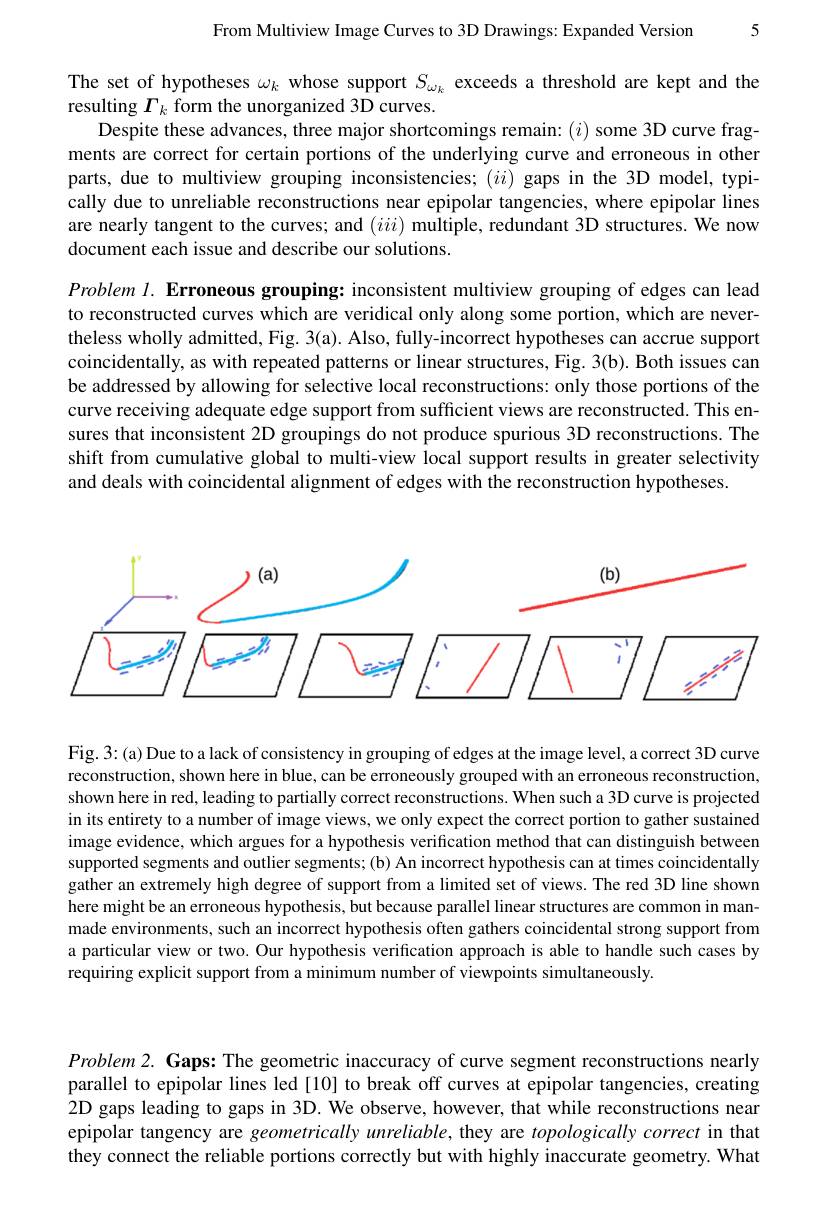
From Multiview Image Curves to 3D Drawings: Expanded Version 5

The set of hypotheses $\omega_k$ whose support $S_{\omega_k}$ exceeds a threshold are kept and the
resulting $\Gamma_k$ form the unorganized 3D curves.
Despite these advances, three major shortcomings remain: $(i)$ some 3D curve fragments are correct for certain portions of the underlying curve and erroneous in other parts, due to multiview grouping inconsistencies; $(ii)$ gaps in the 3D model, typically due to unreliable reconstructions near epipolar tangencies, where epipolar lines are nearly tangent to the curves; and $(iii)$ multiple, redundant 3D structures. We now document each issue and describe our solutions.

Problem 1. Erroneous grouping: inconsistent multiview grouping of edges can lead to reconstructed curves which are veridical only along some portion, which are nevertheless wholly admitted, Fig. 3(a). Also, fully-incorrect hypotheses can accrue support coincidentally, as with repeated patterns or linear structures, Fig. 3(b). Both issues can be addressed by allowing for selective local reconstructions: only those portions of the curve receiving adequate edge support from sufficient views are reconstructed. This ensures that inconsistent 2D groupings do not produce spurious 3D reconstructions. The shift from cumulative global to multi-view local support results in greater selectivity and deals with coincidental alignment of edges with the reconstruction hypotheses.

<FigureHere>

Fig.3:(a) Due to a lack of consistency in grouping of edges at the image level, a correct 3D curve reconstruction, shown here in blue, can be erroneously grouped with an erroneous reconstruction, shown here in red, leading to partially correct reconstructions. When such a 3D curve is projected in its entirety to a number of image views, we only expect the correct portion to gather sustained image evidence, which argues for a hypothesis verification method that can distinguish between supported segments and outlier segments; (b) An incorrect hypothesis can at times coincidentally gather an extremely high degree of support from a limited set of views. The red 3D line shown here might be an erroneous hypothesis, but because parallel linear structures are common in manmade environments, such an incorrect hypothesis often gathers coincidental strong support from a particular view or two. Our hypothesis verification approach is able to handle such cases by requiring explicit support from a minimum number of viewpoints simultaneously.

$Problem2. \textbf{Gaps: The geometric inaccuracy of curve segment reconstructions nearly}$ parallel to epipolar lines led [10] to break off curves at epipolar tangencies, creating 2D gaps leading to gaps in 3D. We observe, however, that while reconstructions near epipolar tangency are geometrically unreliable, they are topologically correct in that they connect the reliable portions correctly but with highly inaccurate geometry. What